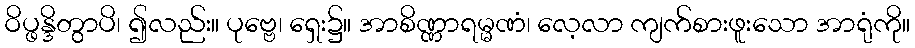
ဝိပ္ဖန္ဒိတွာပိ၊ ၍လည်း။ ပုဗ္ဗေ၊ ရှေး၌။ အာစိဏ္ဏာရမ္မဏံ၊ လေ့လာ ကျက်စားဖူးသော အာရုံကို။